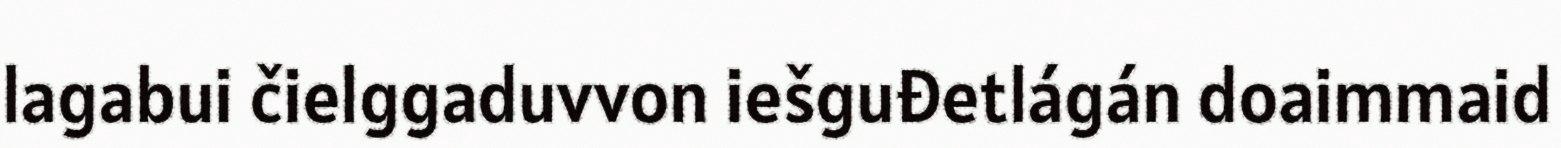
lagabui čielggaduvvon iešguđetlágán doaimmaid